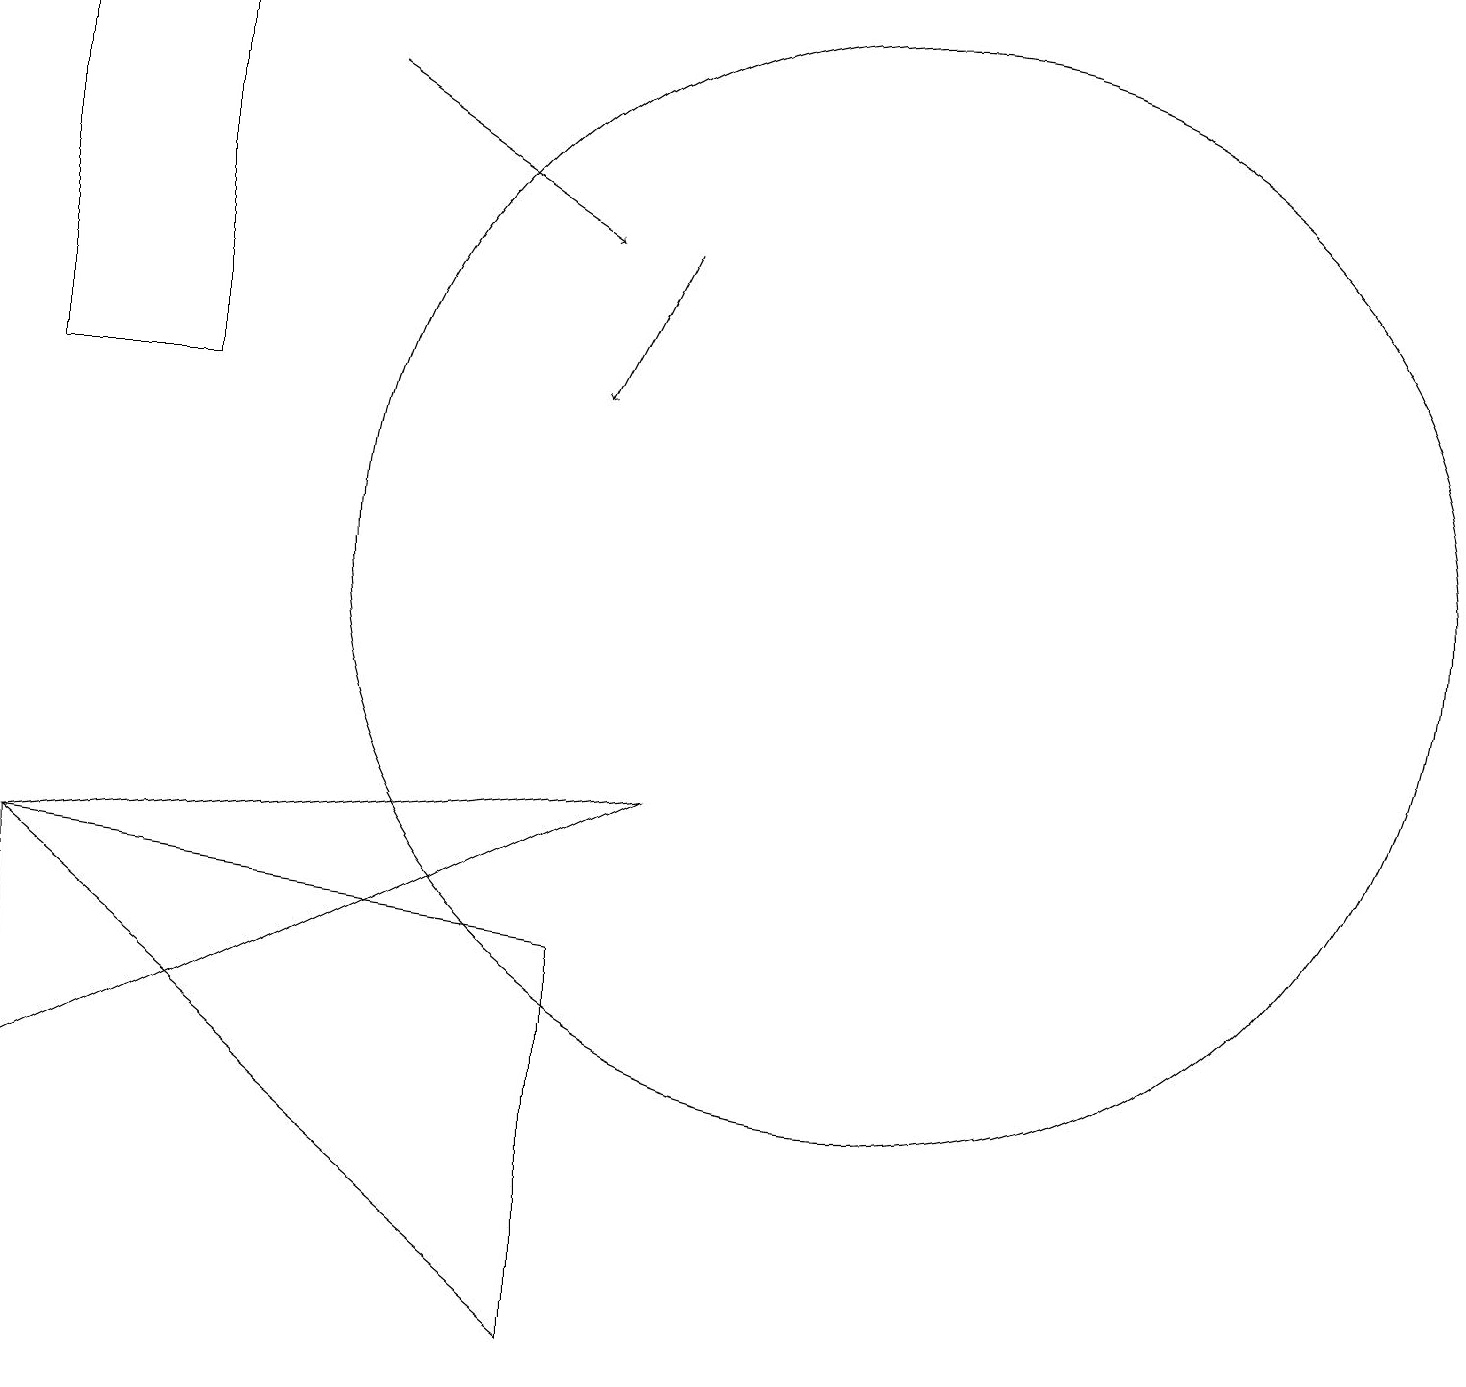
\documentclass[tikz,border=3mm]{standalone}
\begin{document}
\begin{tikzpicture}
\draw (11,10) circle (0);
\draw (9,8) -- (1,7) -- (1,4) -- cycle;
\draw (3,18) rectangle (1,13);
\draw (8,1) -- (8,6) -- (1,7) -- cycle;
\draw (12,11) circle (7);
\draw[->] (5,17) -- (8,15);
\draw[->] (9,15) -- (8,13);
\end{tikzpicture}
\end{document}